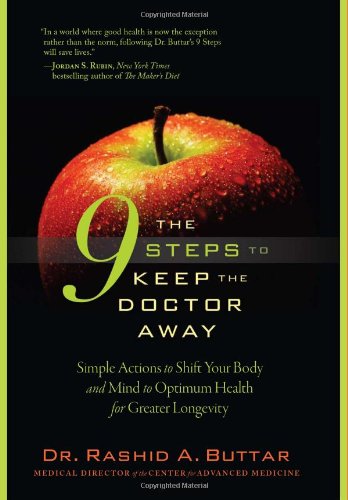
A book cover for The 9 Steps to Keep the Doctor Away: Simple Actions to Shift Your Body and Mind to Optimum Health for Greater Longevity; Dr. Rashid A. Buttar; Health, Fitness & Dieting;